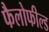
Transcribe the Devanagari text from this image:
फैलोफील्ड